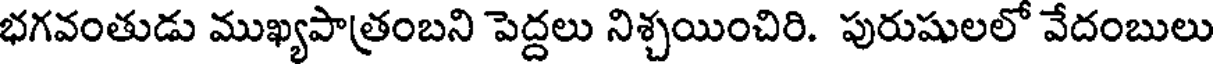
భగవంతుడు ముఖ్యపాత్రంబని పెద్దలు నిశ్చయించిరి. పురుషులలో వేదంబులు